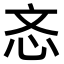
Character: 忞